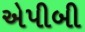
એપીબી